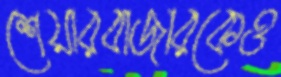
শেয়ারবাজারকেও